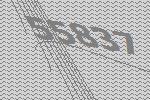
55837